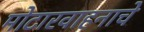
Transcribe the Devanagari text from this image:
मोटारवाहनाचे